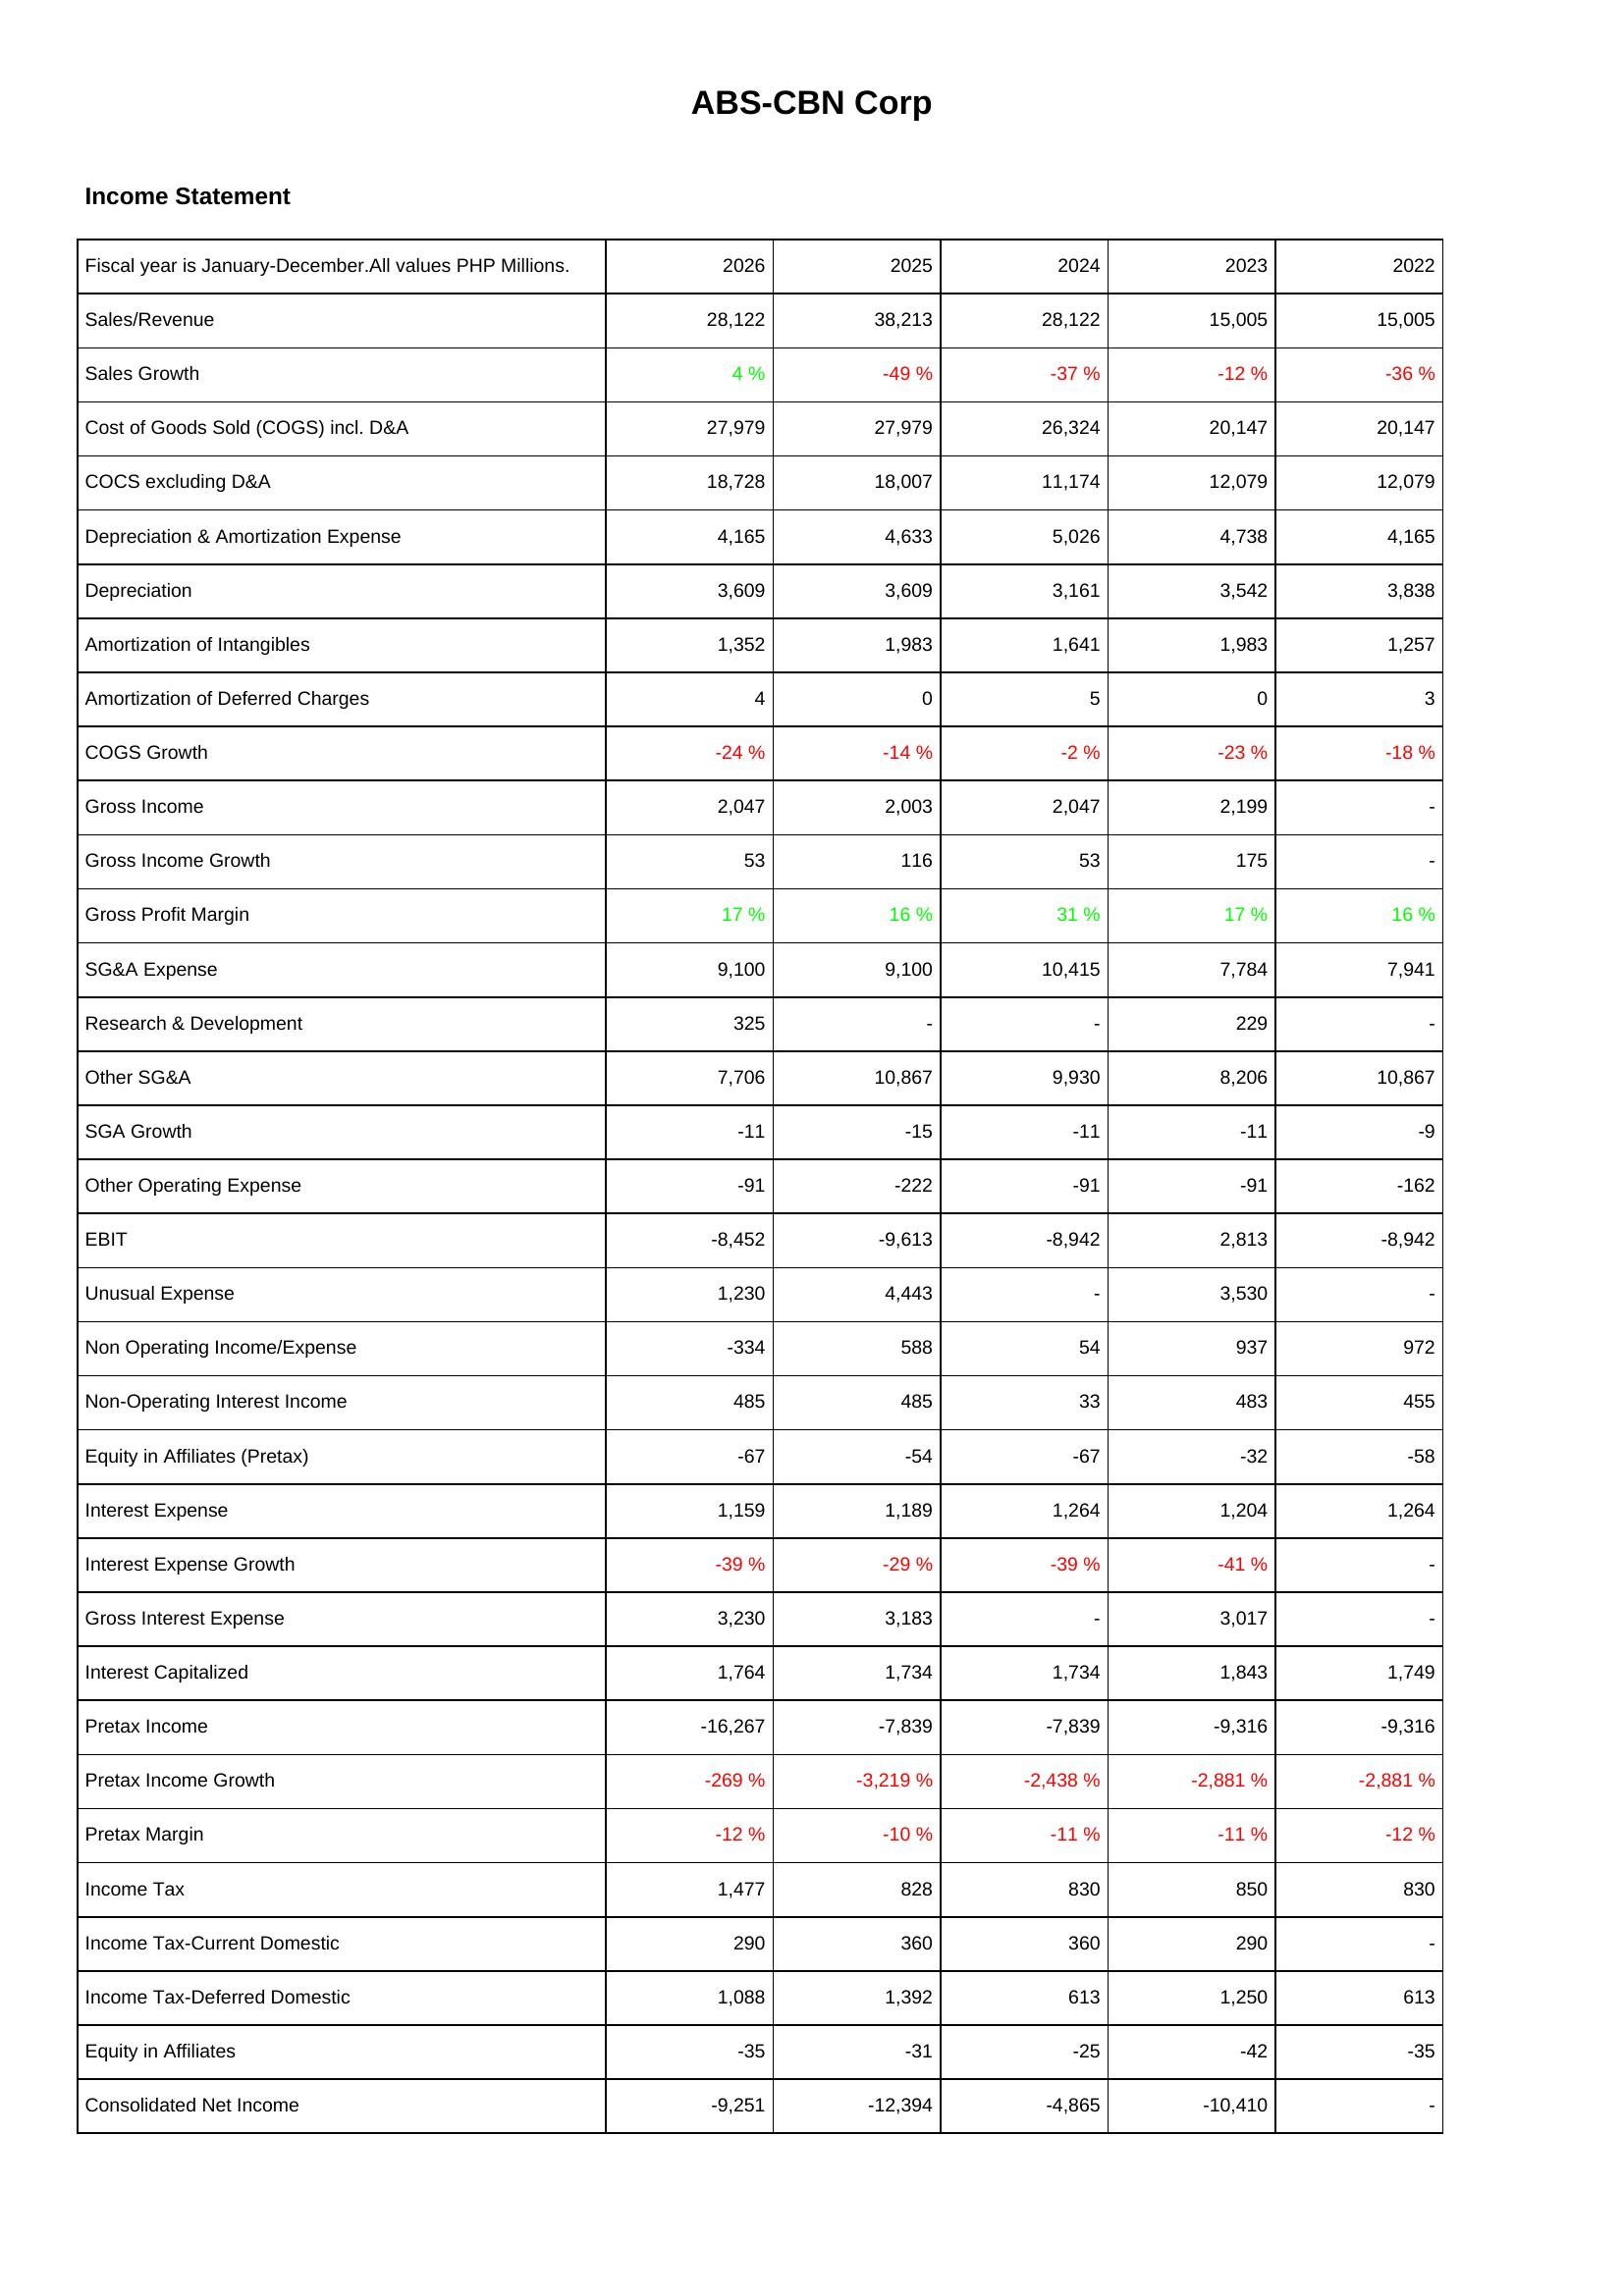
2026: Income Statement: Sales/Revenue: 28,122
Sales Growth: 4 %
Cost of Goods Sold (COGS) incl. D&A: 27,979
COCS excluding D&A: 18,728
Depreciation & Amortization Expense: 4,165
Depreciation: 3,609
Amortization of Intangibles: 1,352
Amortization of Deferred Charges: 4
COGS Growth: -24 %
Gross Income: 2,047
Gross Income Growth: 53
Gross Profit Margin: 17 %
SG&A Expense: 9,100
Research & Development: 325
Other SG&A: 7,706
SGA Growth: -11
Other Operating Expense: -91
EBIT: -8,452
Unusual Expense: 1,230
Non Operating Income/Expense: -334
Non-Operating Interest Income: 485
Equity in Affiliates (Pretax): -67
Interest Expense: 1,159
Interest Expense Growth: -39 %
Gross Interest Expense: 3,230
Interest Capitalized: 1,764
Pretax Income: -16,267
Pretax Income Growth: -269 %
Pretax Margin: -12 %
Income Tax: 1,477
Income Tax-Current Domestic: 290
Income Tax-Deferred Domestic: 1,088
Equity in Affiliates: -35
Consolidated Net Income: -9,251
2025: Income Statement: Sales/Revenue: 38,213
Sales Growth: -49 %
Cost of Goods Sold (COGS) incl. D&A: 27,979
COCS excluding D&A: 18,007
Depreciation & Amortization Expense: 4,633
Depreciation: 3,609
Amortization of Intangibles: 1,983
Amortization of Deferred Charges: 0
COGS Growth: -14 %
Gross Income: 2,003
Gross Income Growth: 116
Gross Profit Margin: 16 %
SG&A Expense: 9,100
Research & Development: -
Other SG&A: 10,867
SGA Growth: -15
Other Operating Expense: -222
EBIT: -9,613
Unusual Expense: 4,443
Non Operating Income/Expense: 588
Non-Operating Interest Income: 485
Equity in Affiliates (Pretax): -54
Interest Expense: 1,189
Interest Expense Growth: -29 %
Gross Interest Expense: 3,183
Interest Capitalized: 1,734
Pretax Income: -7,839
Pretax Income Growth: -3,219 %
Pretax Margin: -10 %
Income Tax: 828
Income Tax-Current Domestic: 360
Income Tax-Deferred Domestic: 1,392
Equity in Affiliates: -31
Consolidated Net Income: -12,394
2024: Income Statement: Sales/Revenue: 28,122
Sales Growth: -37 %
Cost of Goods Sold (COGS) incl. D&A: 26,324
COCS excluding D&A: 11,174
Depreciation & Amortization Expense: 5,026
Depreciation: 3,161
Amortization of Intangibles: 1,641
Amortization of Deferred Charges: 5
COGS Growth: -2 %
Gross Income: 2,047
Gross Income Growth: 53
Gross Profit Margin: 31 %
SG&A Expense: 10,415
Research & Development: -
Other SG&A: 9,930
SGA Growth: -11
Other Operating Expense: -91
EBIT: -8,942
Unusual Expense: -
Non Operating Income/Expense: 54
Non-Operating Interest Income: 33
Equity in Affiliates (Pretax): -67
Interest Expense: 1,264
Interest Expense Growth: -39 %
Gross Interest Expense: -
Interest Capitalized: 1,734
Pretax Income: -7,839
Pretax Income Growth: -2,438 %
Pretax Margin: -11 %
Income Tax: 830
Income Tax-Current Domestic: 360
Income Tax-Deferred Domestic: 613
Equity in Affiliates: -25
Consolidated Net Income: -4,865
2023: Income Statement: Sales/Revenue: 15,005
Sales Growth: -12 %
Cost of Goods Sold (COGS) incl. D&A: 20,147
COCS excluding D&A: 12,079
Depreciation & Amortization Expense: 4,738
Depreciation: 3,542
Amortization of Intangibles: 1,983
Amortization of Deferred Charges: 0
COGS Growth: -23 %
Gross Income: 2,199
Gross Income Growth: 175
Gross Profit Margin: 17 %
SG&A Expense: 7,784
Research & Development: 229
Other SG&A: 8,206
SGA Growth: -11
Other Operating Expense: -91
EBIT: 2,813
Unusual Expense: 3,530
Non Operating Income/Expense: 937
Non-Operating Interest Income: 483
Equity in Affiliates (Pretax): -32
Interest Expense: 1,204
Interest Expense Growth: -41 %
Gross Interest Expense: 3,017
Interest Capitalized: 1,843
Pretax Income: -9,316
Pretax Income Growth: -2,881 %
Pretax Margin: -11 %
Income Tax: 850
Income Tax-Current Domestic: 290
Income Tax-Deferred Domestic: 1,250
Equity in Affiliates: -42
Consolidated Net Income: -10,410
2022: Income Statement: Sales/Revenue: 15,005
Sales Growth: -36 %
Cost of Goods Sold (COGS) incl. D&A: 20,147
COCS excluding D&A: 12,079
Depreciation & Amortization Expense: 4,165
Depreciation: 3,838
Amortization of Intangibles: 1,257
Amortization of Deferred Charges: 3
COGS Growth: -18 %
Gross Income: -
Gross Income Growth: -
Gross Profit Margin: 16 %
SG&A Expense: 7,941
Research & Development: -
Other SG&A: 10,867
SGA Growth: -9
Other Operating Expense: -162
EBIT: -8,942
Unusual Expense: -
Non Operating Income/Expense: 972
Non-Operating Interest Income: 455
Equity in Affiliates (Pretax): -58
Interest Expense: 1,264
Interest Expense Growth: -
Gross Interest Expense: -
Interest Capitalized: 1,749
Pretax Income: -9,316
Pretax Income Growth: -2,881 %
Pretax Margin: -12 %
Income Tax: 830
Income Tax-Current Domestic: -
Income Tax-Deferred Domestic: 613
Equity in Affiliates: -35
Consolidated Net Income: -